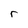
Character: r